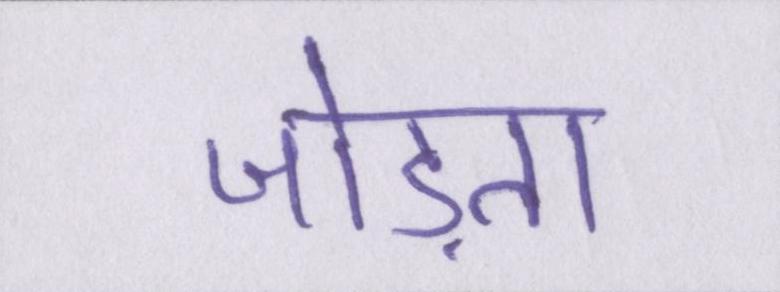
जोड़ता